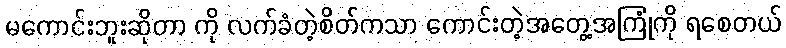
မကောင်းဘူးဆိုတာ ကို လက်ခံတဲ့စိတ်ကသာ ကောင်းတဲ့အတွေ့အကြုံကို ရစေတယ်